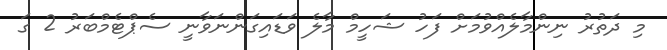
މި ދަތުރު ނިންމާލެއްވުމަށް ފަހު ޝަހީމް މާލެ ވަޑައިގަންނަވާނީ ސެޕްޓެމްބަރު 2 ގަ